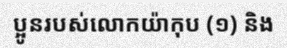
ប្អូនរបស់លោកយ៉ាកុប (១) និង